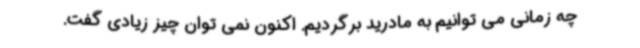
چه زمانی می توانیم به مادرید برگردیم. اکنون نمی توان چیز زیادی گفت.